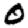
Digit: 0